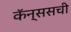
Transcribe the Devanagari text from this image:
कॅन्ससची